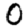
Digit: 0